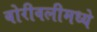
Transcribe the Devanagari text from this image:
बोरीवलीमध्ये